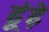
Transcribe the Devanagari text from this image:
ढूंढ़े